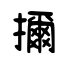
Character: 擟